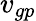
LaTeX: v_{gp}